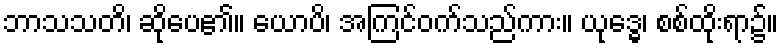
ဘာသသတိ၊ ဆိုပေ၏။ ယောပိ၊ အကြင်ဝက်သည်ကား။ ယုဒ္ဓေ၊ စစ်ထိုးရာ၌။